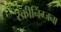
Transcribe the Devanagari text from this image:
स्क्रीनिंग्जना